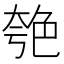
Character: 𦫚